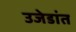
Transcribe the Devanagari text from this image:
उजेडांत